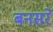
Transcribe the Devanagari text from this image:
बनसरे